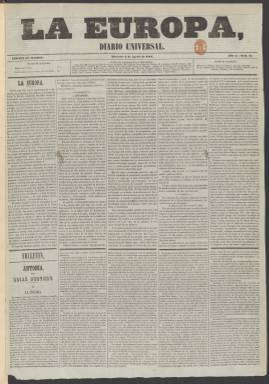
Título: La Europa (Madrid)
Colección: Periódicos
Ámbito geográfico: Madrid
Lugar de publicación: Madrid
Fechas: 02/08/1854-18/01/1855